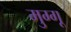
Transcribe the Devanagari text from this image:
मुग्गू